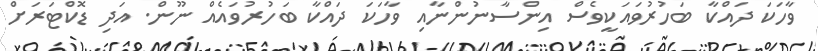
ވާހަކަ ދައްކާ ބަހުރުވައަކީވެސް އިންސާނުންނާއި ވާހަކަ ދައްކާ ބަހުރުވައެއް ނޫން. އަދި ޑޮކްޓަރަށް